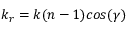
k _ { r } = k ( n - 1 ) c o s ( \gamma )